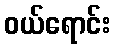
ဝယ်ရောင်း